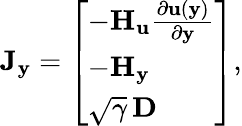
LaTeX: \mathbf{J}_{\mathbf{y}}=\left[\begin{array}{l}{-\mathbf{H}_{\mathbf{u}}\frac{\partial\mathbf{u}(\mathbf{y})}{\partial\mathbf{y}}}\\ {-\mathbf{H}_{\mathbf{y}}}\\ {\sqrt{\gamma}\, \mathbf{D}}\end{array}\right],